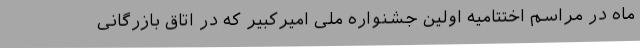
ماه در مراسم اختتامیه اولین جشنواره ملی امیرکبیر که در اتاق بازرگانی